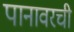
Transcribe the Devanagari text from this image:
पानावरची